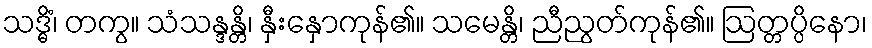
သဒ္ဓိံ၊ တကွ။ သံသန္ဒန္တိ၊ နှီးနှောကုန်၏။ သမေန္တိ၊ ညီညွတ်ကုန်၏။ ဩတ္တပ္ပိနော၊